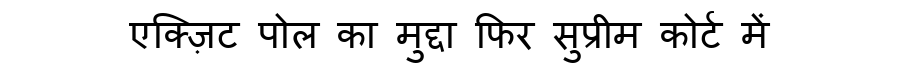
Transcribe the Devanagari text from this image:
एक्ज़िट पोल का मुद्दा फिर सुप्रीम कोर्ट में